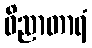
ဝိညာတာရံ